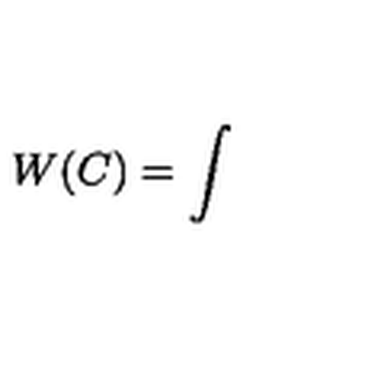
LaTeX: W ( C ) = \int